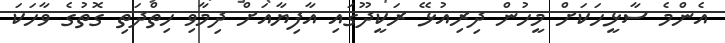
އެންމެ ސާޅީހަކަށް މީހުން ދިރިއުޅޭ ރަކީދޫގައި އާފިޔާއަށް ދިމާވި ހިތްދަތި ގޮތުގެ ވާހަކަ